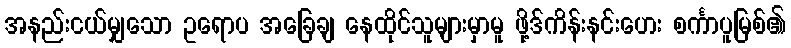
အနည်းငယ်မျှသော ဥရောပ အခြေချ နေထိုင်သူများမှာမူ ဖို့ဒ်ကိန်းနင်းဟေး စင်္ကာပူမြစ်၏